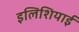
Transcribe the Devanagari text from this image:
इलिशियाई